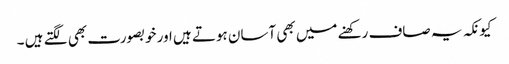
کیونکہ یہ صاف رکھنے میں بھی آسان ہوتے ہیں اور خوبصورت بھی لگتے ہیں ۔